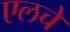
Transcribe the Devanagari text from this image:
एलचे